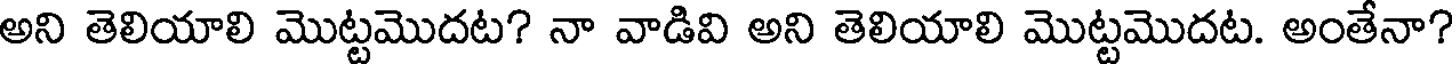
అని తెలియాలి మొట్టమొదట? నా వాడివి అని తెలియాలి మొట్టమొదట. అంతేనా?